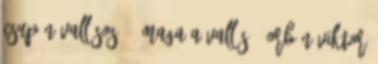
csupán vallásos. Ő maga a vallás - Orbán Viktor